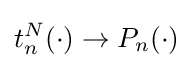
t_{n}^{N}(\cdot )\to P_{n}(\cdot )